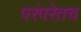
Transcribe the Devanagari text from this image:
परंपरेतच